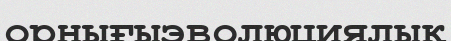
орнығыэволюциялық